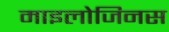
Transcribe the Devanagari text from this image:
माइलोजिनस